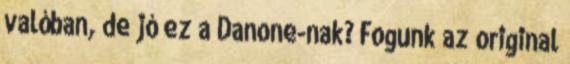
valóban, de jó ez a Danone-nak? Fogunk az original